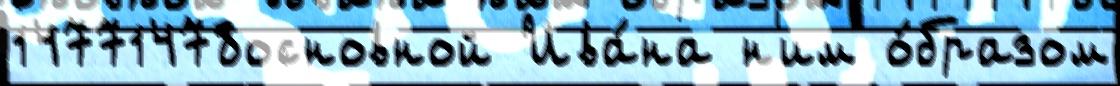
14771478основной Ива́на н'им о́бразом